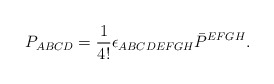
\begin{align*}P_{ABCD}=\frac{1}{4!}\epsilon_{ABCDEFGH}\bar P^{EFGH}.\end{align*}